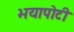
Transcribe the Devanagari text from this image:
भयापोटी